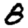
Digit: 8